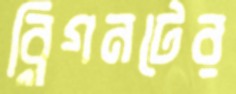
ব্লিগনটের